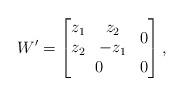
LaTeX: \begin{align*}W' = \begin{bmatrix}\begin{matrix}z_1 & z_2 \\ z_2 & - z_1\end{matrix} & 0 \\0 & 0 \end{bmatrix}, \end{align*}